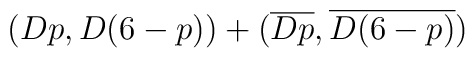
(Dp,D(6-p))+(\overline{Dp},\overline{D(6-p)})